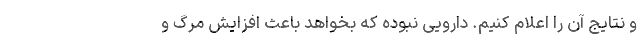
و نتایج آن را اعلام کنیم. دارویی نبوده که بخواهد باعث افزایش مرگ و